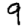
Digit: 9